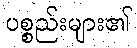
ပစ္စည်းများ၏